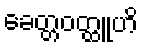
ခေတ္တဝတ္ထူဟိ